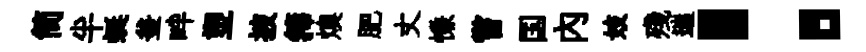
简半蜓釜畔塑披籜燠肥丈慊嘗国内妓殘遄：